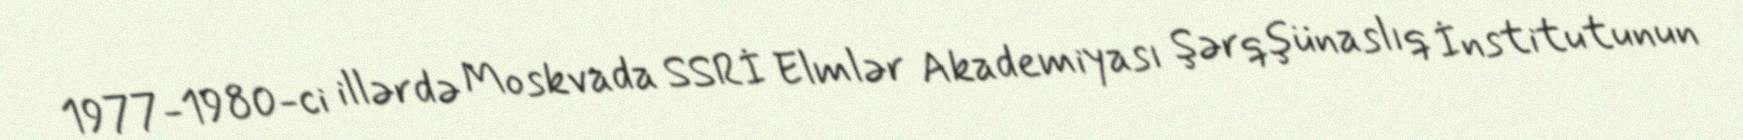
1977-1980-ci illərdə Moskvada SSRİ Elmlər Akademiyası Şərqşünaslıq İnstitutunun